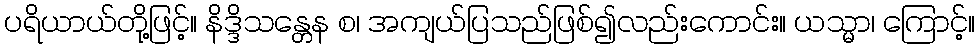
ပရိယာယ်တို့ဖြင့်။ နိဒ္ဒိသန္တေန စ၊ အကျယ်ပြသည်ဖြစ်၍လည်းကောင်း။ ယသ္မာ၊ ကြောင့်။